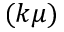
( k \mu )